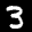
Label: 3